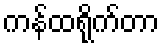
ကန်ထရိုက်တာ